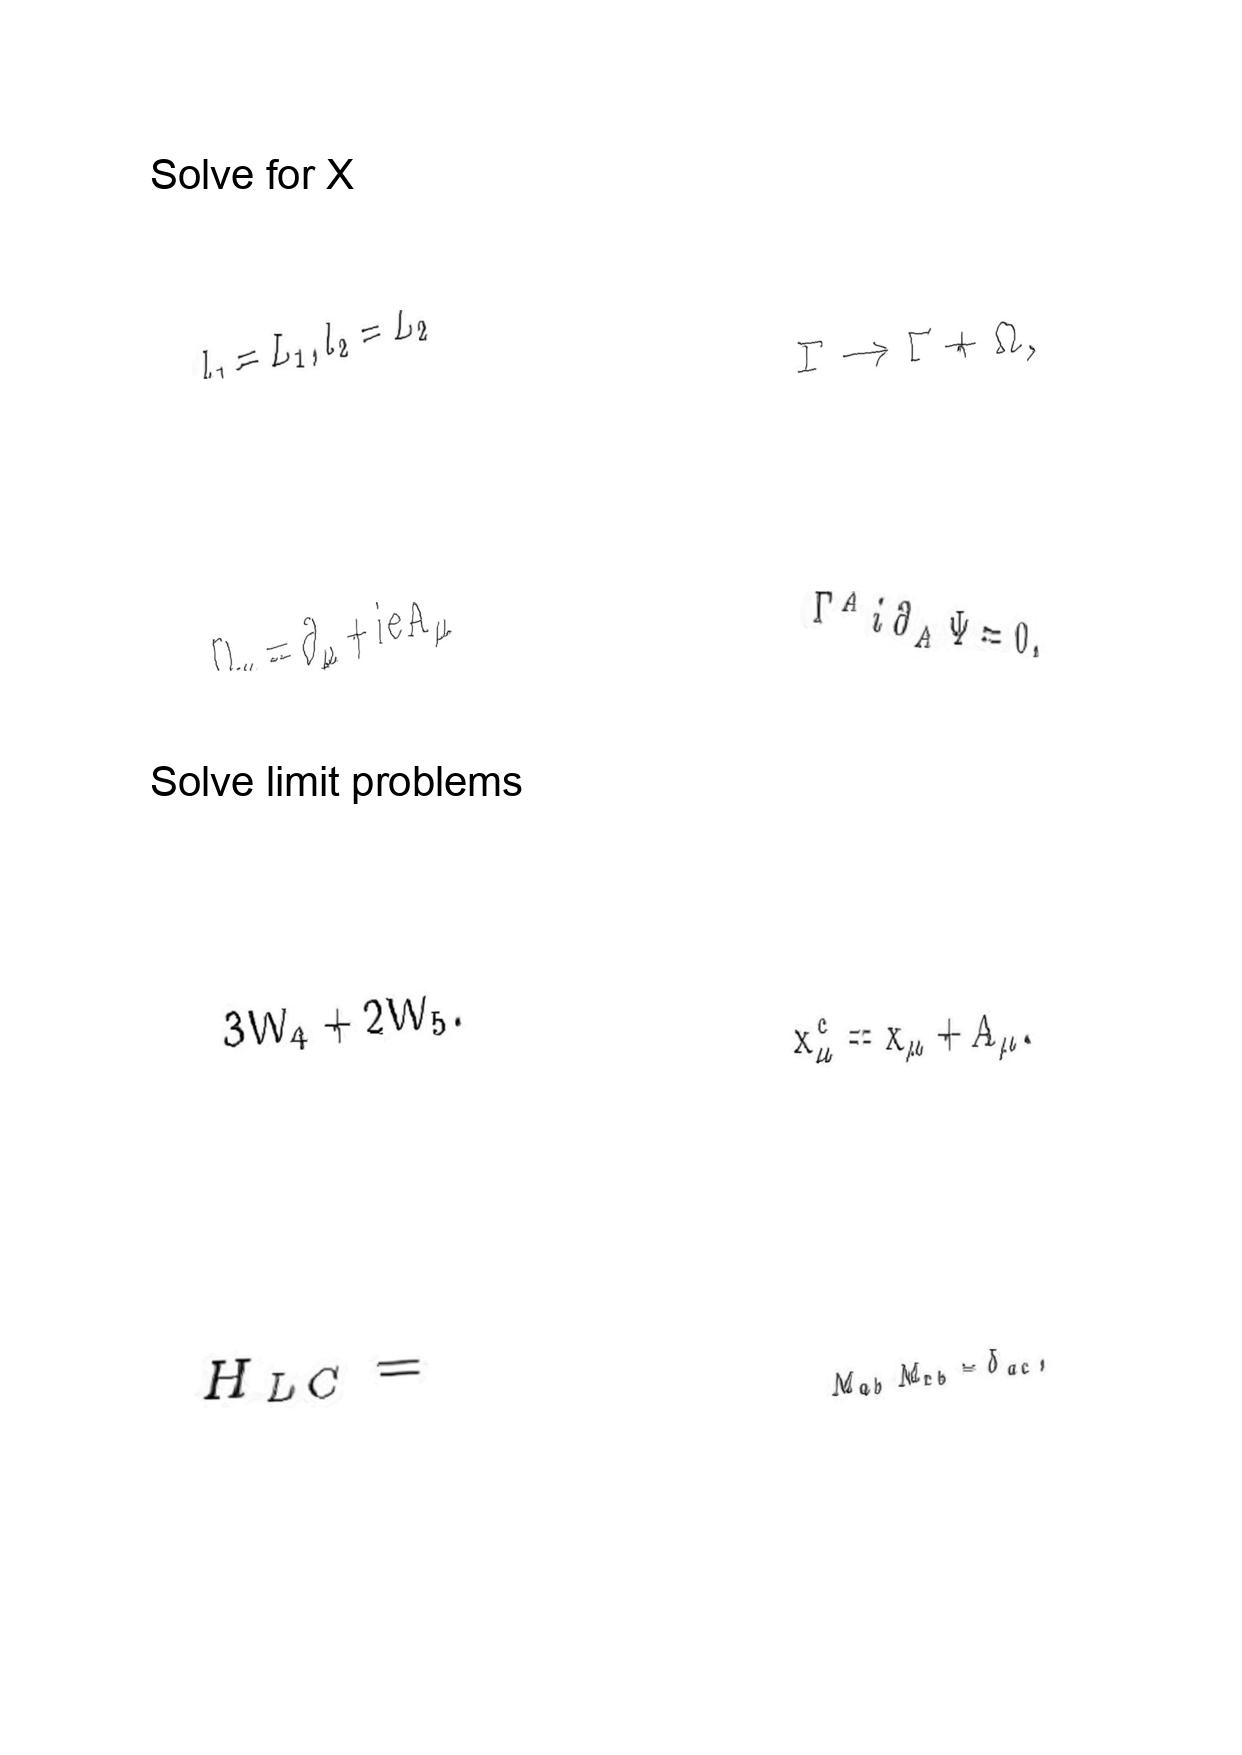
LaTeX transcription:
l _ { 1 } = L _ { 1 } , l _ { 2 } = L _ { 2 }
D _ { \mu } = \partial _ { \mu } + i e A _ { \mu }
3 W _ { 4 } + 2 W _ { 5 } .
H _ { L C } =
\Gamma \rightarrow \Gamma + \Omega ,
\Gamma ^ { A } i \partial _ { A } \Psi = 0 ,
x _ { \mu } ^ { c } = x _ { \mu } + A _ { \mu } .
M _ { a b } M _ { c b } = \delta _ { a c } ,